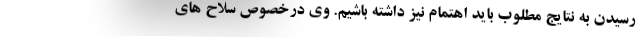
رسیدن به نتایج مطلوب باید اهتمام نیز داشته باشیم. وی درخصوص سلاح های